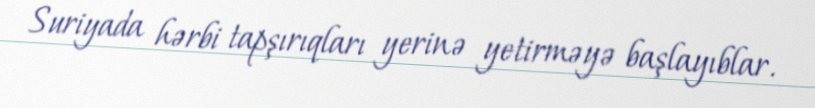
Suriyada hərbi tapşırıqları yerinə yetirməyə başlayıblar.